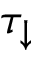
\tau _ { \downarrow }